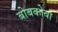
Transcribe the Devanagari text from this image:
बोबकोवा